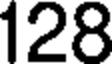
128